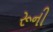
રૂની